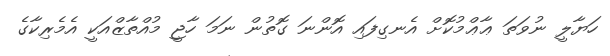
ހަޔާލީ ނުވަތަ ޢާޢްމުކޮށް އެނގިފައި އޮންނަ ގޮތުން ނަމަ ހާޖީ މުއްތާޒްއަކީ އެމެރިކާގެ